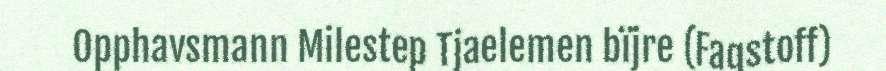
Opphavsmann Milestep Tjaelemen bïjre (Fagstoff)